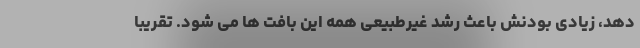
دهد، زیادی بودنش باعث رشد غیرطبیعی همه این بافت ها می شود. تقریباً